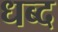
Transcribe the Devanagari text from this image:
धब्द